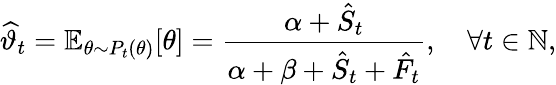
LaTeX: \widehat{\vartheta}_{t}=\mathbb{E}_{\theta\sim P_{t}(\theta)}[\theta]=\frac{\alpha+\hat{S}_{t}}{\alpha+\beta+\hat{S}_{t}+\hat{F}_{t}},\quad\forall t\in\mathbb{N},